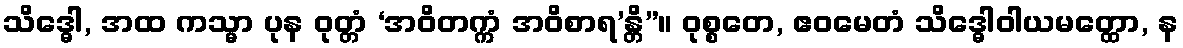
သိဒ္ဓေါ, အထ ကသ္မာ ပုန ဝုတ္တံ ‘အဝိတက္ကံ အဝိစာရ’န္တိ”။ ဝုစ္စတေ, ဧဝမေတံ သိဒ္ဓေါဝါယမတ္ထော, န